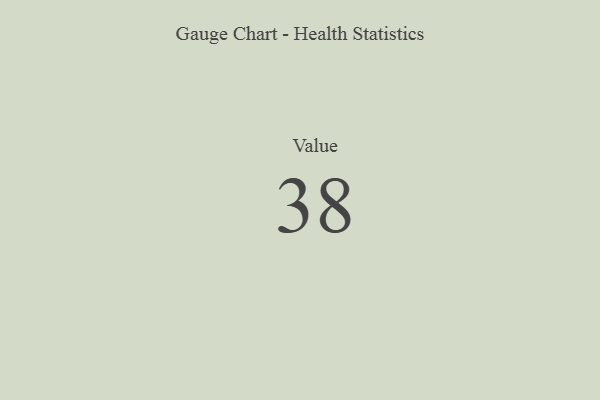
{"axis": {"x": "Metric", "y": "Value"}, "legend": [""], "data": [{"x": "Value", "y": 38, "type": ""}]}